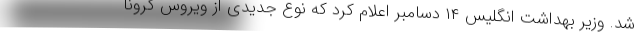
شد. وزیر بهداشت انگلیس ۱۴ دسامبر اعلام کرد که نوع جدیدی از ویروس کرونا